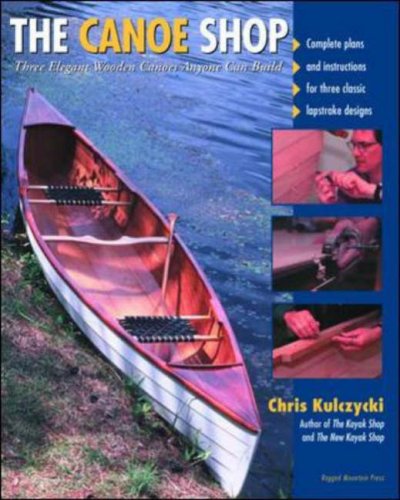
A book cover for The Canoe Shop: Three Elegant Wooden Canoes Anyone Can Build; Chris Kulczycki; Sports & Outdoors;